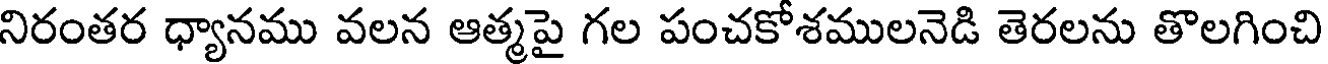
నిరంతర ధ్యానము వలన ఆత్మపై గల పంచకోశములనెడి తెరలను తొలగించి